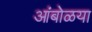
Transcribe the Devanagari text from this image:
आंबोळया